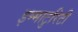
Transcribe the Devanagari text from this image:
इम्माटुरिटी